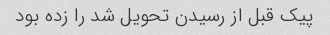
پیک قبل از رسیدن تحویل شد را زده بود